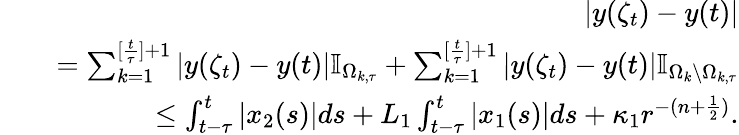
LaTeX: \begin{array}{rlr}&{}&{|y(\zeta_{t})-y(t)|}\\ &{}&{=\sum_{k=1}^{[\frac{t}{\tau}]+1}|y(\zeta_{t})-y(t)|\mathbb{I}_{\Omega_{k,\tau}}+\sum_{k=1}^{[\frac{t}{\tau}]+1}|y(\zeta_{t})-y(t)|\mathbb{I}_{\Omega_{k}\setminus\Omega_{k,\tau}}}\\ &{}&{\leq\int_{t-\tau}^{t}|x_{2}(s)|ds+L_{1}\int_{t-\tau}^{t}|x_{1}(s)|ds+\kappa_{1}r^{-(n+\frac{1}{2})}.}\end{array}